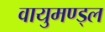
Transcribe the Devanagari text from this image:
वायुमण्ड्ल